Vaccination in the Punjab 1897-1904 - 1897-1904
Year: 1897
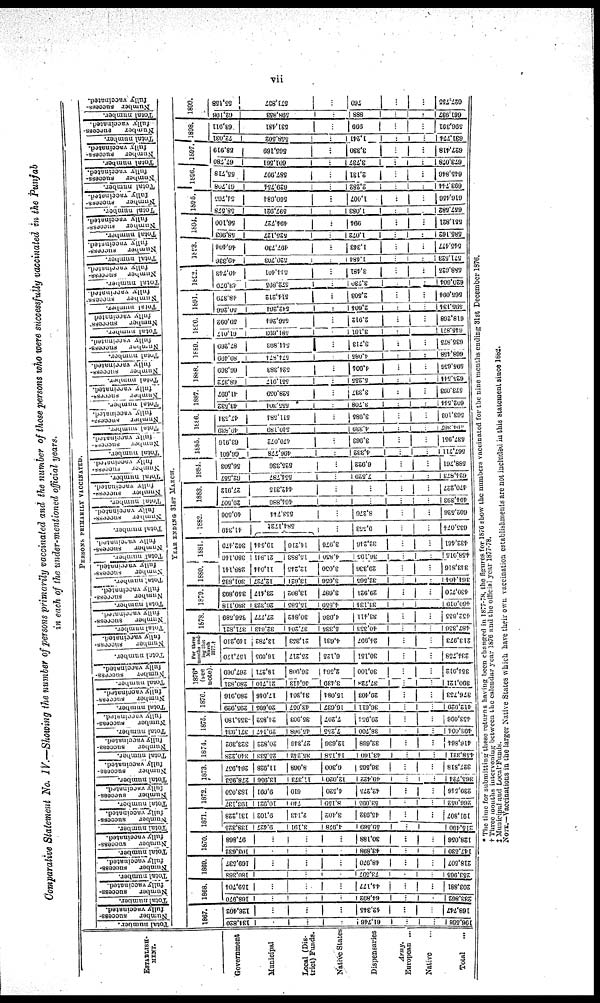
vii
Comparative Statement No. IV.—Showing the number of persons primarily vaccinated and the number of those persons who were successfully vaccinated in the Punjab
in each of the under-mentioned official years.
PERSONS PRIMARILY VACCINATED.
ESTABLISH-
----.
Government
Municipal
Local (Dis-
trict) Funds.
Native Slates
Dispensaries
Army.
European ...
Native ...
Total ...
Total number.
Number success-
fully vaccinated.
Total number.
Number success-
fully vaccinated.
Total number.
Number success-
fully vaccinated.
Total number.
Number success-
fully vaccinated.
Total number.
Number success-
fully vaccinated.
Total number.
Number success-
fully vaccinated.
Total number.
Number success-
fully vaccinated.
Total number.
Number success-
fully vaccinated.
Total number.
Number success-
fully vaccinated.
Total number.
Number success-
fully vaccinated.
Total number.
Number success-
fully vaccinated.
Total number.
Number success-
fully vaccinated.
Total number.
Number success-
fully vaccinated.
Total number.
Number success-
fully vaccinated.
Total number.
Number success-
fully vaccinated.
Total number.
Number success-
fully vaccinated.
Total number.
Number success-
fully vaccinated.
Total number.
Number success-
fully vaccinated.
Total number.
Number success-
fully vaccinated.
Total number.
Number success-
fully vaccinated.
Total number.
Number success-
fully vaccinated.
Total number.
Number success-
fully vaccinated.
Total number.
Number success-
fully vaccinated.
Total number.
Number success-
fully vaccinated.
Total number.
Number success-
fully vaccinated.
Total number.
Number success-
fully vaccinated.
Total number.
Number success-
fully vaccinated.
Total number.
Number success-
fully vaccinated.
Total number.
Number success-
fully vaccinated.
Total number.
Number success-
fully vaccinated.
Total number.
Number success-
fully vaccinated.
Total number.
Number success-
fully vaccinated.
Total number.
Number success-
fully vaccinated.
Total number.
Number success-
fully vaccinated.
YEAR ENDING 31ST MARCH.
1867.
134,820
..
.
61,746
.
196,568
126,402
...
..
...
42,345
...
168,747
1868.
168,970
.
64,892
.
...
233,862
159,701
.
..
..
41,177
..
203,881
1869.
180,368
...
73,597
253,965
160,537
...
...
..
48,970
...
218,507
1870.
103,632
...
43,898
.
147,530
97,868
..
...
...
30,188
...
128,056
1871.
138,325
9,427
3,191
4,978
59,569
.
...
215,490
131,228
9,102
2,113
3,102
45,932
191,807
1872.
198,137
10,921
740
8,159
53,095
266,052
183,050
9,091
610
4,520
42,275
...
230,516
1873.
278,953
13,956
11,373
12,020
49,422
.
...
365,721
264,957
11,928
8,068
0,300
36,565
.
327,818
1874.
340,228
25,533
35,242
14,158
43,160
.
.
458,321
323,392
20,822
27,316
12,636
32,668
.
416,864
1875.
371,934
29,147
45,968
7,255
38,700
.
493,001
355,180
24,852
35,903
7,207
29,954
453,096 |
1876.
295,929
20,695
43,057
16,637
36,611
412,929
280,916
17,016
31,301
15,081
20,403
...
...
376,753
1876*
(See
note)
280,831
21,710
46,413
3,439
37,724
.
.
390,121
267,069
18,271
36,908
2,564
30,100
.
351,912
For three
months end
ing 31st
March
1877†
157,170
16,095
25,217
6,125
30,151
..
234,758
110,210
13,782
21,353
4,631
24,997
.
213,973
1878.
371,821
32,643
37,201
5,335
40,353
487,356
356,589
27,777
30,842
4,036
33,411
.
452,655
1879.
380,118
26,323
15,585
4,850
33,131
460,019
359,893
23,417
13,802
3,687
29,921
...
..
430,720
1880.
301,835
12,727
13,621
3,656
32,565
.
364,404
288,141
11,044
12,245
3,050
29,336
.
...
343,816
1881.
380,140
21,811
15,883
4,850
36,195
458,915
362,479
19,544
14,216
3,976
32,216
.
432,401
1882.
41,349
584,172‡
9,553
635,071
40,506
553,744
8,276
...
602,526
1883.
29,507
461,886
494,393
27,912
442,313
..
.
.
470,227
1881.
62,557
551,787
..
7,529
624,873
56,503
525,336
..
6,922
..
588,761
1885.
66,601
496,778
.
4,332
...
.
567,711
63,916
470,072
.
3,963
...
537,951
1886.
49,839
510,189
.
4,339
594,867
47,534
511,581
.
3,985
.
563,103
1887.
43,532
555,304
.
3,708
602,544
41,697
528,059
3,337
..
.
573,093
1888.
68,372
551,917
.
5,255
625,514
66,369
524,383
.
4,904
.
..
595,656
1889.
89,499
574,874
.
4,085
...
668,458
87,269
511,893
.
3,713
.. .
635,875
1890.
61,017
581,693
..
3,161
645,871
59,092
556,261
2,912
.
618,268
1891.
50,266
542,264
..
2,604
595,131
48,379
514,212
...
2,503
..
...
565,094
1892.
43,979
572,895
...
3,730
620,604
40,713
511,401
...
3,481
..
..
588,625
1893.
49,336
520,703
1,481
..
571,523
46,404
497,730
..
1,343
..
.
545,477
1894.
58,963
525,127
..
1,072
..
585,162
56,100
494,727
..
994
..
551,821
1895.
58,578
597,921
.
1,083
...
657,582
51,765
560,684
...
1,007
..
616,456
1896.
61,708
629,754
2,282
.
693,744
55,718
587,997
.
2,131
.
..
645,846
1897.
67,780
601,561
..
3,737
.
...
673,078
58,919
565,169
...
3,380
.
...
627,418
1898.
72,031
558,502
..
1,241
.
..
631,774
63,911
531,481
.
999
.
596,391
1899.
62,106
598,853
.
888
.
..
661,937
55,158
571,837
760
..
.
627,755
* The time for submitting these return as having been changed in 1877-78, the figures for 1876 show the numbers vaccinated for the nine months ending 31st December 1876.
† There months intervening between the calendar year 1876 and the official year 1877-78.
‡ Municipal and Local Funds.
NOTE.— Vaccinations in the the larger Native States which have their own vaccination establisments are not included in this statement since 1882.